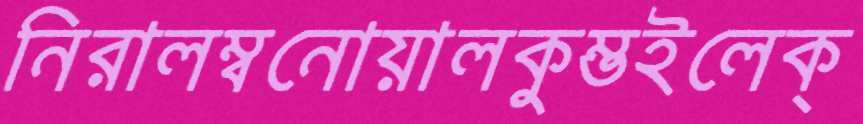
নিরালম্বনোয়ালকুম্ভইলেক্